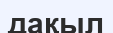
дақыл